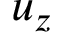
u _ { z }